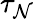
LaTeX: \tau_{\mathcal{N}}